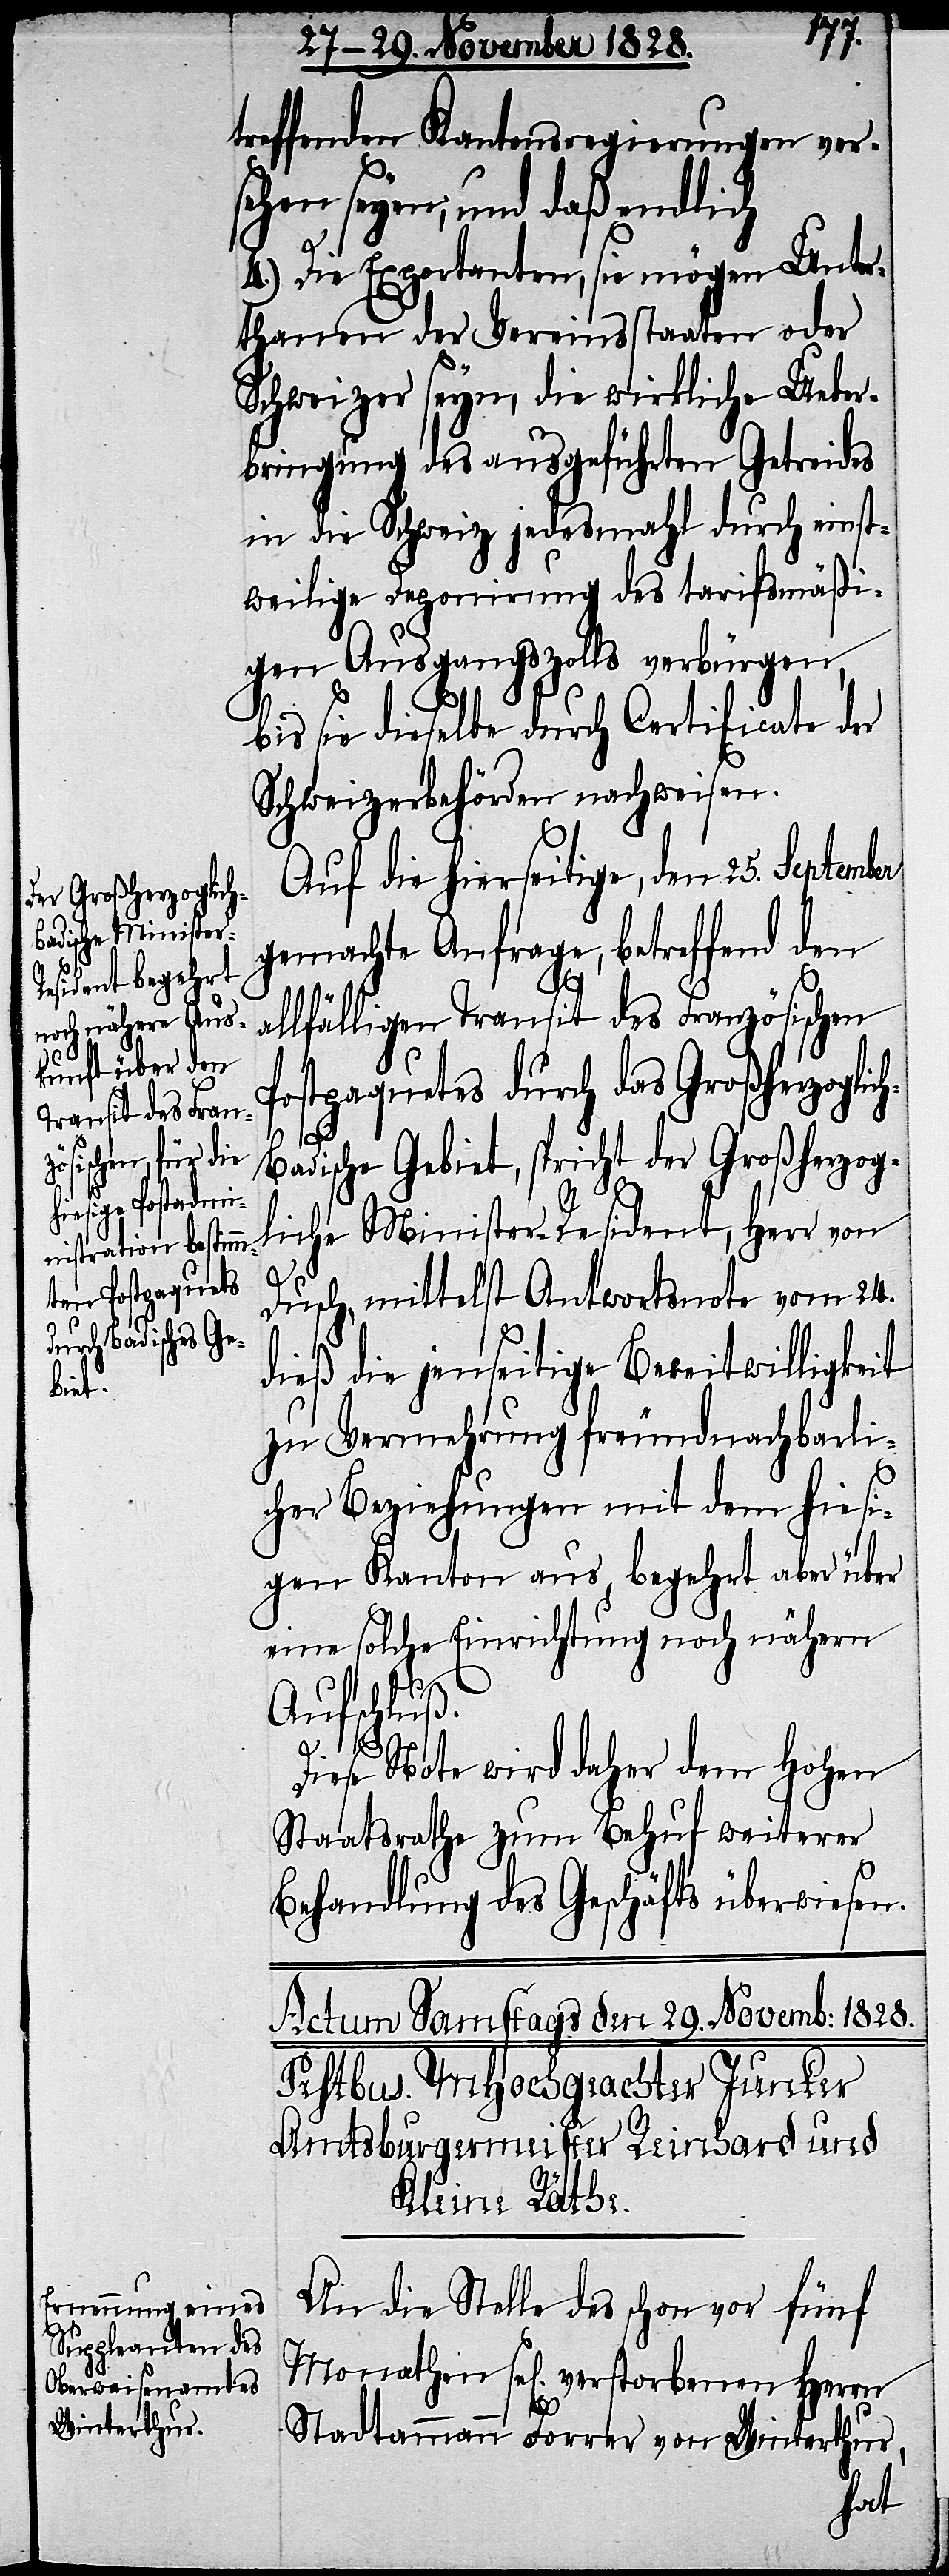
treffenden Kantonsregierungen verse¬
hen seyen; und daß endlich
4.) Die Exportanten, sie mögen Unter¬
thanen der Vereinsstaaten oder
Schweizer seyn, die wirkliche Ueber¬
bringung des ausgeführten Getreides
in die Schweiz jedesmahl durch einst¬
weilige Deponirung des tarifsmäßi¬
gen Ausgangszolls verbürgen,
bis sie dieselbe durch Certificate der
Schweizerbehörden nachweisen.
Auf die hierseitige, den 25. September
gemachte Anfrage, betreffend den
allfälligen Transit des Französischen
Postpaquetes durch das Großherzoglic¬
h-B¬
adische Gebiet, spricht der Großherzog¬
liche Minister-Resident, Herr von
Dusch, mittelst Antwortsnote vom 24.
dieß die jenseitige Bereitwilligkeit
zu Vermehrung freundnachbarli¬
cher Beziehungen mit dem hiesi¬
gen Kanton aus, begehrt aber über
eine solche Einrichtung noch nähern
Aufschluß.
Diese Note wird daher dem hohen
Staatsrathe zum Behuf weiterer
Behandlung des Geschäfts überwiesen.
An die Stelle des schon vor fünf
Monathen sel[ig] verstorbenen Herrn
Stadtammann Forrer von Winterthur,